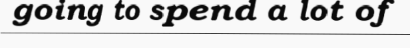
going to spend a lot of